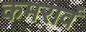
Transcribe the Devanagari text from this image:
कमरावं